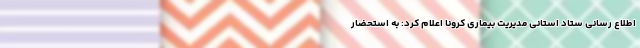
اطلاع رسانی ستاد استانی مدیریت بیماری کرونا اعلام کرد: به استحضار